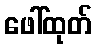
ဖေါ်ထုတ်